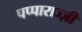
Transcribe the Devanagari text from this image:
पप्पाराज्ज़ी